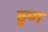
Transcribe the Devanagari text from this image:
ठुण